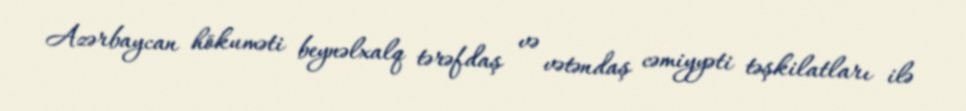
Azərbaycan hökuməti beynəlxalq tərəfdaş və vətəndaş cəmiyyəti təşkilatları ilə